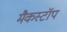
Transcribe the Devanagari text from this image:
मैकस्टॉप